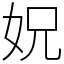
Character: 㚾